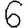
Digit: 6